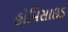
હોમિસાઇડ